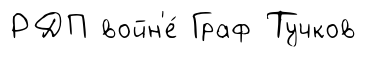
РДП войн'е́ Граф Тучков